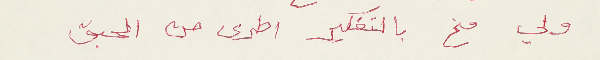
ولي مخ بالتفكير اطرى من الحبق